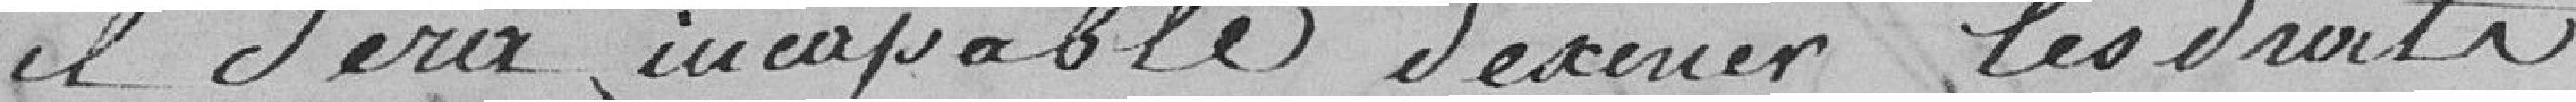
il sera incapable d'exercer les droits